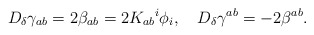
\begin{align*}D_{\delta} \gamma_{ab} = 2 \beta_{ab} = 2 K_{ab} {^{i}}\phi_{i}, \quad D_{\delta} \gamma^{ab} = - 2 \beta^{ab}.\end{align*}